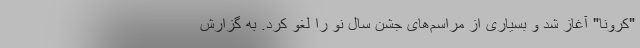
"کرونا" آغاز شد و بسیاری از مراسم‌های جشن سال نو را لغو کرد. به گزارش